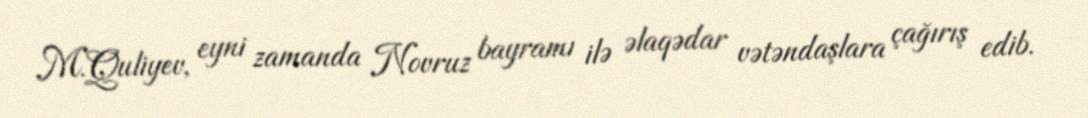
M.Quliyev, eyni zamanda Novruz bayramı ilə əlaqədar vətəndaşlara çağırış edib.